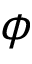
\phi